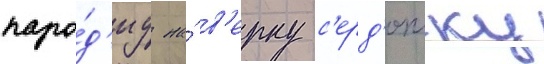
паро́д'иу на́ в'ерку с'ерд'ючку